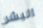
البشر